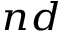
^ { n d }